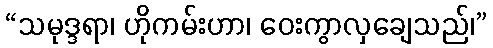
“သမုဒ္ဒရာ၊ ဟိုကမ်းဟာ၊ ဝေးကွာလှချေသည်၊”